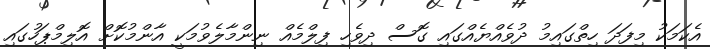
އެކަމަކު މިފަދަ ހިތްގައިމު ދުވެއްޔެއްގައި ގޮސް ދިވެހި ފިލްމެއް ނިންމާލެވުމަކީ އާންމުކޮށް އޮލިމްޕަހުގައި